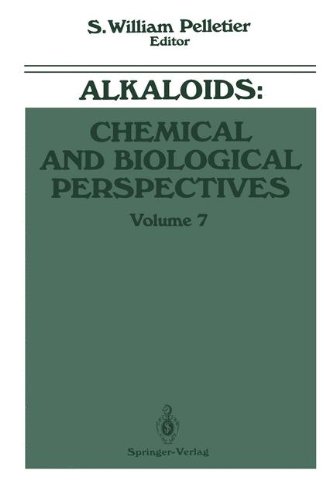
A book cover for Alkaloids: Chemical and Biological Perspectives; S. William Pelletier; Science & Math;